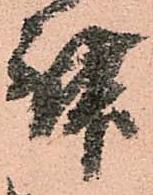
舞